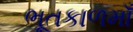
ભૂતકાળમાઁ